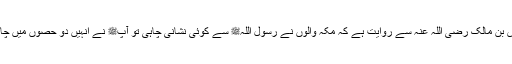
1539: سیدنا انس بن مالک رضی اللہ عنہ سے روایت ہے کہ مکہ والوں نے رسول اللہﷺ سے کوئی نشانی چاہی تو آپﷺ نے انہیں دو حصوں میں چاند کا پھٹنا دکھایا۔